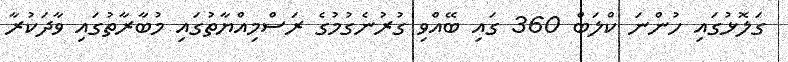
ގަލޮޅުގައި ހުންނަ ކްލަބް 360 ގައި ބޭއްވި ގުރުނެގުމުގެ ރަސްމިއްޔާތުގައި މުބާރާތުގައި ވާދަކުރާ